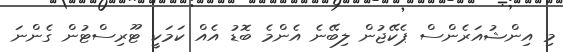
މި އިންޝުއަރެންސް ޕެކޭޖުން ލިބޭނެ އެންމެ ބޮޑު އެއް ކަމަކީ ޓޫރިސްޓުން ގެންނަ